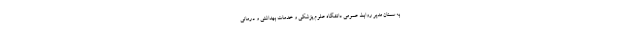
به سمنان مدیر روابط عمومی دانشگاه علوم پزشکی و خدمات بهداشتی و درمانی